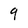
Character: 9